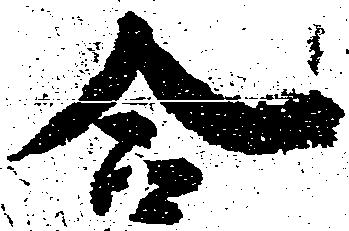
合